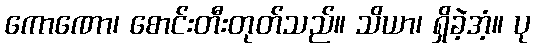
ကောဏော၊ စောင်းတီးတုတ်သည်။ သိယာ၊ ရှိခဲ့အံ့။ ပု